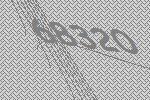
68320